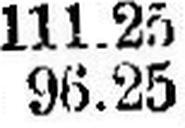
96.25